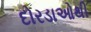
દોરડાઓથી